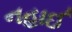
નહાઈ